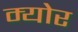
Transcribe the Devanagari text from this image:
म्‍योर